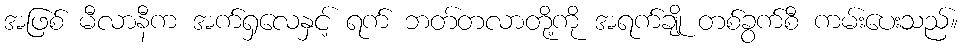
အဖြစ် မီလာနီက အက်ရှလေနှင့် ရက် ဘတ်တလာတို့ကို အရက်ချို တစ်ခွက်စီ ကမ်းပေးသည်။